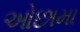
ઓછામા